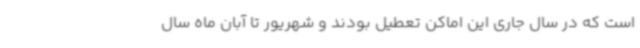
است که در سال جاری این اماکن تعطیل بودند و شهریور تا آبان ماه سال